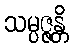
သမ္ပဇ္ဇန္တိ